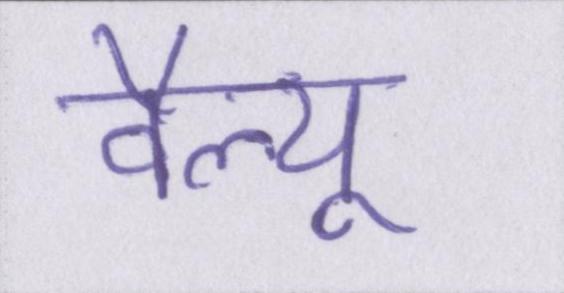
वैल्यू